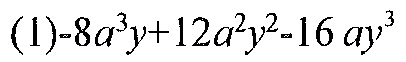
\((1)-8a^{3}y + 12a^{2}y^{2}-16ay^{3}\)